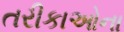
તરીકાઓના